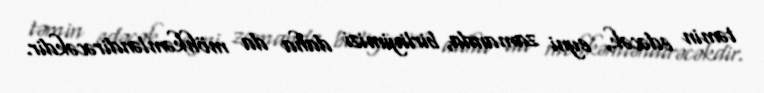
təmin edəcək, eyni zamanda, birliyimizi daha da möhkəmləndirəcəkdir.